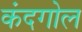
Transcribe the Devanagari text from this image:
कंदगोल